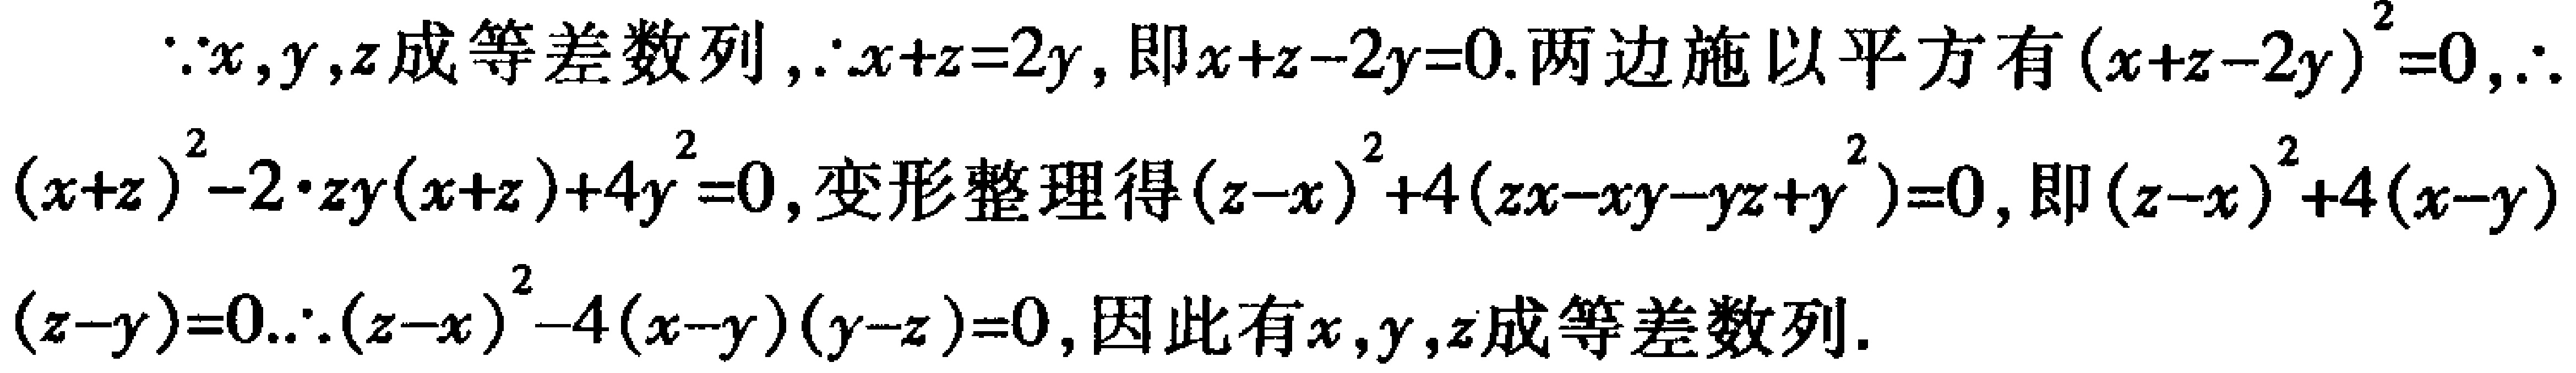
\(\because x,y,z\text{成等差数列},\therefore x + z = 2y,\text{即}x + z - 2y = 0.\text{两边施以平方有}(x + z - 2y)^{2}=0,\therefore\)

\((x + z)^{2}-2\cdot 2y(x + z)+4y^{2}=0,\text{变形整理得}(z - x)^{2}+4(zx - xy - yz + y^{2})=0,\text{即}(z - x)^{2}+4(x - y)\)

\((z - y)=0.\therefore(z - x)^{2}-4(x - y)(y - z)=0,\text{因此有}x,y,z\text{成等差数列}.\)